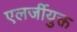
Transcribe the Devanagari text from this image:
एलर्जीयुक्त